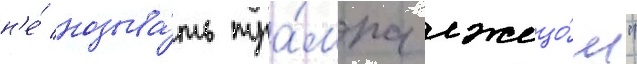
н'е́ называ́ть тра́мпа лжецо́м"